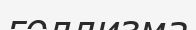
голлизма